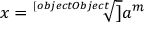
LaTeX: x = { \sqrt [ [object Object] ] { a ^ { m } } }